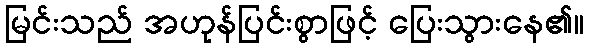
မြင်းသည် အဟုန်ပြင်းစွာဖြင့် ပြေးသွားနေ၏။